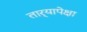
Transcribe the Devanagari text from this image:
तार्‍यापेक्षा